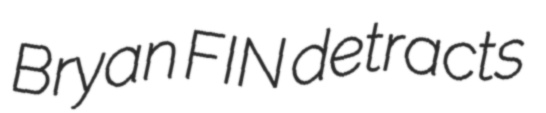
Bryan FIN detracts